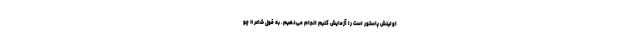
اولینش پاستور است را آزمایش کنیم انجام می‌دهیم. به قول شاعر « چو